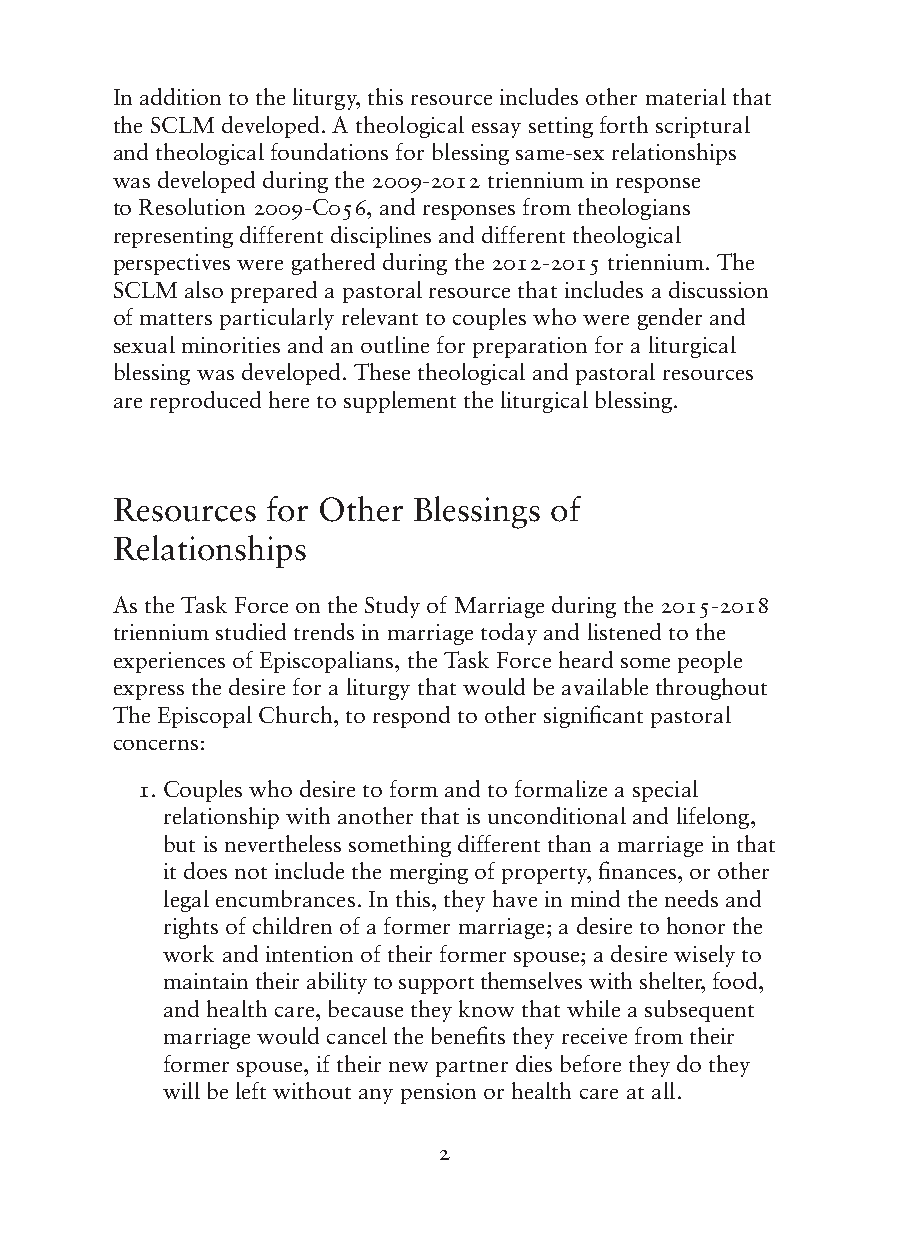
In addition to the liturgy, this resource includes other material that
 the SCLM developed. A theological essay setting forth scriptural
 and theological foundations for blessing same-sex relationships
 was developed during the 2009-2012 triennium in response
 to Resolution 2009-C056, and responses from theologians
 representing different disciplines and different theological
 perspectives were gathered during the 2012-2015 triennium. The
 SCLM also prepared a pastoral resource that includes a discussion
 of matters particularly relevant to couples who were gender and
 sexual minorities and an outline for preparation for a liturgical
 blessing was developed. These theological and pastoral resources
 are reproduced here to supplement the liturgical blessing.
 Resources  for Other Blessings of
 Relationships
 As the Task Force on the Study of Marriage during the 2015-2018
 triennium studied trends in marriage today and listened to the
 experiences of Episcopalians, the Task Force heard some people
 express the desire for a liturgy that would be available throughout
 The Episcopal Church, to respond to other significant pastoral
 concerns:
 1. Couples who desire to form and to formalize a special
 relationship with another that is unconditional and lifelong,
 but is nevertheless something different than a marriage in that
 it does not include the merging of property, finances, or other
 legal encumbrances. In this, they have in mind the needs and
 rights of children of a former marriage; a desire to honor the
 work and intention of their former spouse; a desire wisely to
 maintain their ability to support themselves with shelter, food,
 and health care, because they know that while a subsequent
 marriage would cancel the benefits they receive from their
 former spouse, if their new partner dies before they do they
 will be left without any pension or health care at all.
 2